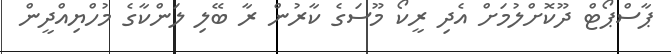
ޕާސްޕޯޓް ދޫކޮށްލުމަށް އެދި ރީކޯ މޫސަގެ ކާރުން ރާ ބޭލި ލަންކާގެ މުހްޔިއްދީން